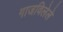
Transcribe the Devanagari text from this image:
गाजविलेले